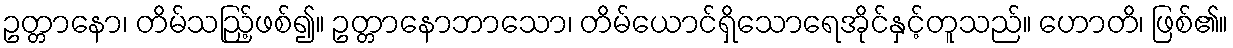
ဥတ္တာနော၊ တိမ်သည်ြ့ဖစ်၍။ ဥတ္တာနောဘာသော၊ တိမ်ယောင်ရှိသောရေအိုင်နှင့်တူသည်။ ဟောတိ၊ ဖြစ်၏။